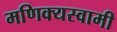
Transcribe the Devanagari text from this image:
मणिक्यस्वामी